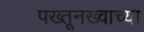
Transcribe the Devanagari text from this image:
पख्तूनख्वाच्या